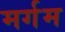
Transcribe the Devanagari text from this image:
मर्गम